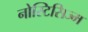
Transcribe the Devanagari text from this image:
नोस्टिसिज्म